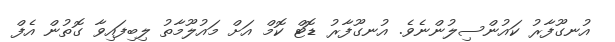
އުނގޫފާރު ކައުންސިލުންނެވެ. އުނގޫފާރު ޑޮޓް ކޮމް އަށް މައުލޫމާތު ލިބިފައިވާ ގޮތުން އެފް